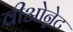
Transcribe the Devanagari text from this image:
वीओन्नेट